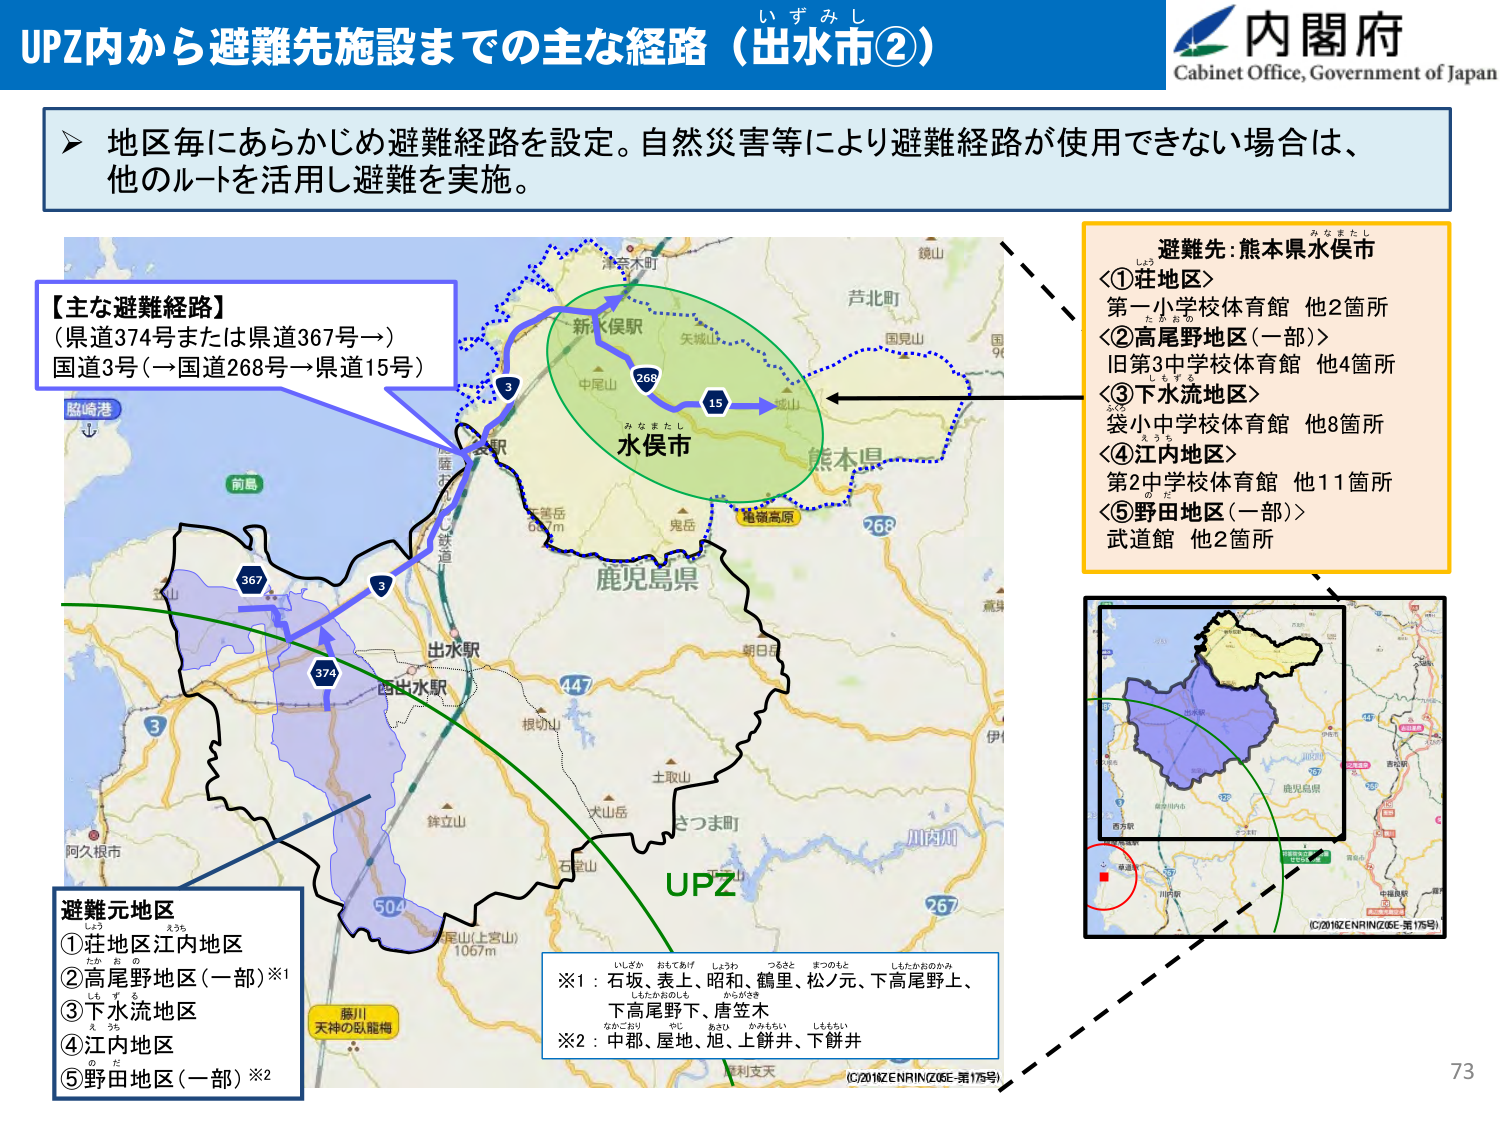
UPZ内から避難先施設までの主な経路（出水市②）
い ず み し

内閣府
Cabinet Office, Government of Japan

➤ 地区毎にあらかじめ避難経路を設定。自然災害等により避難経路が使用できない場合は、
他のルートを活用し避難を実施。

【主な避難経路】
（県道374号または県道367号→）
国道3号（→国道268号→県道15号）

避難先：熊本県水俣市
み な ま た し
＜①荘地区＞
し ょ う
第一小学校体育館 他2箇所
た か お の
＜②高尾野地区（一部）＞
旧第3中学校体育館 他4箇所
し ち ゅ う
＜③下水流地区＞
ふ く ち
袋小中学校体育館 他8箇所
え う ち
＜④江内地区＞
第2中学校体育館 他11箇所
の ば
＜⑤野田地区（一部）＞
武道館 他2箇所

避難元地区
し ょ う
①荘地区江内地区
え う ち
②高尾野地区（一部）※1
た か お の
③下水流地区
ふ く ち
④江内地区
の ば
⑤野田地区（一部）※2

※1：石坂、表上、昭和、鶴里、松ノ元、下高尾野上、
いしざか おもてあげ しょうわ つるさと まつのもと したたかおのうえ
下高尾野下、唐笠木
したたかおのした からがさき
※2：中郡、屋地、旭、上餅井、下餅井
なかごおり やじ あさひ かみもちい しももちい

UPZ

（C）2016 ZENRIN（Z06E-第175号）
（C）2016 ZENRIN（Z06E-第175号）

73